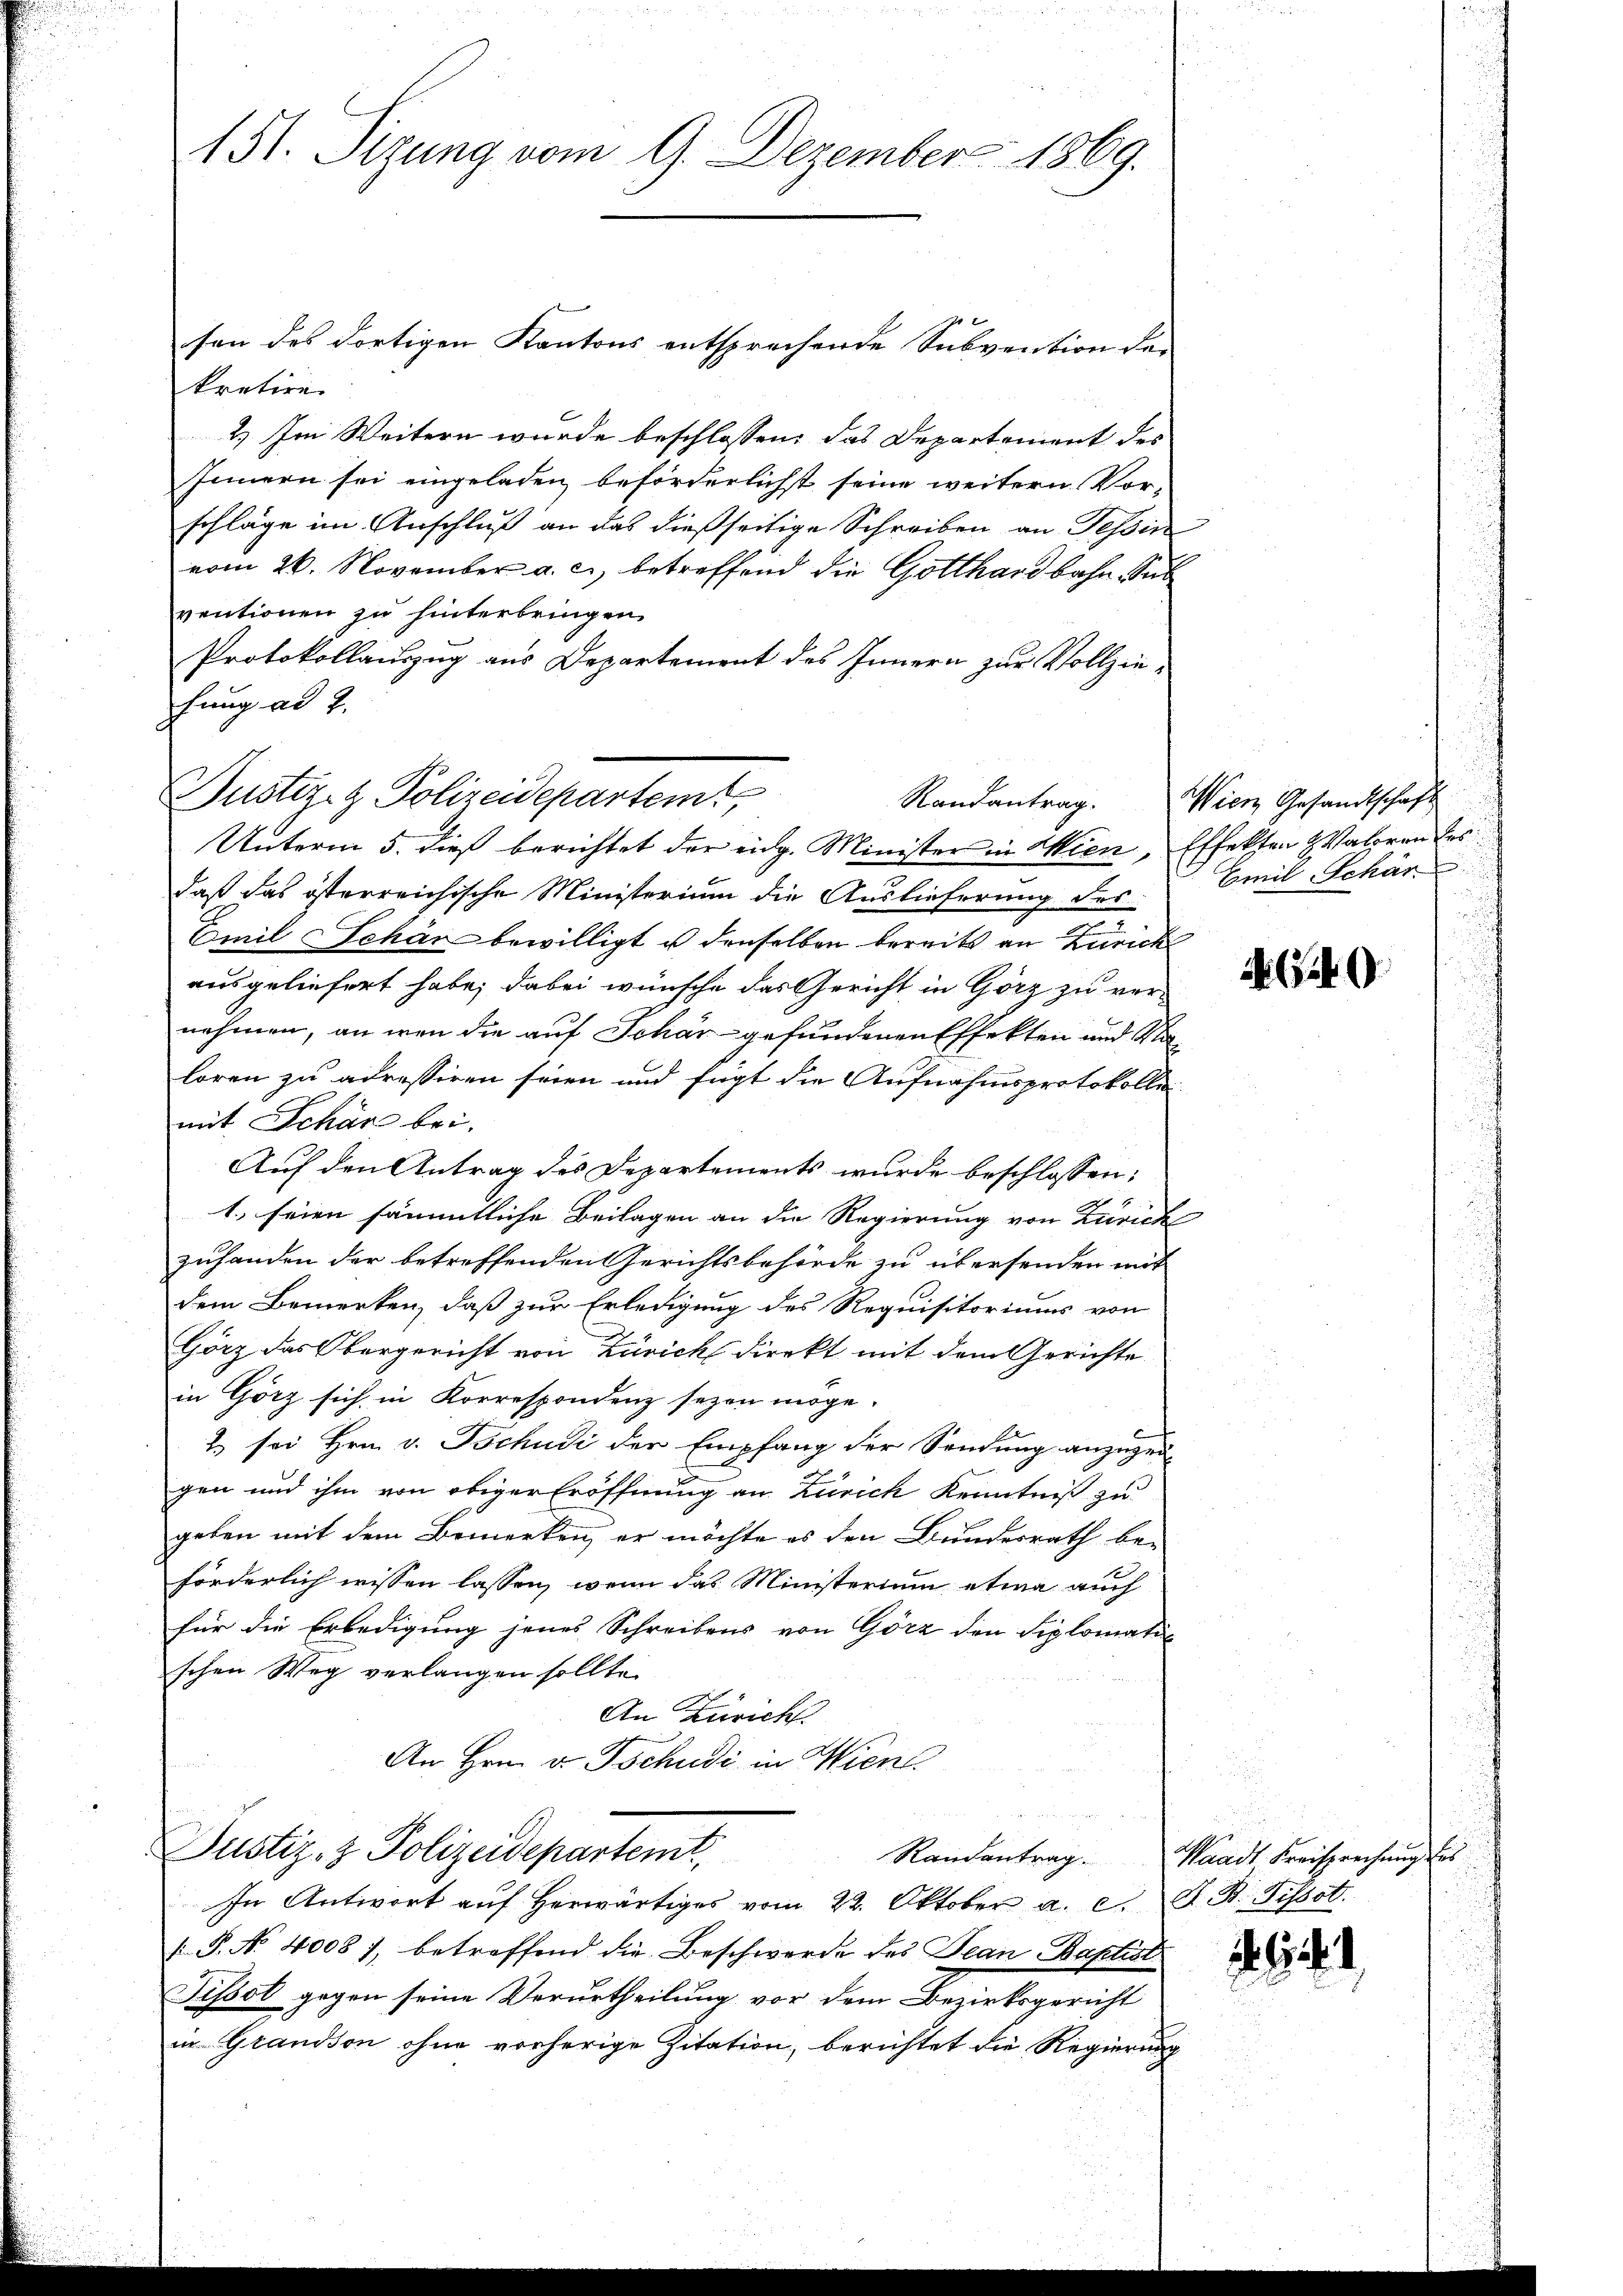
151. Sizung vom 9. Dezember 1869.

kretire.
2.) Im Weitern wurde beschlossen, das Departement des
Innern sei eingeladen, beförderlichst seine weitern Vorschläge im Anschluß an das dießseitige Schreiben an Tessin
vom 26. November a. c., betreffend die Gotthardbahn Sub
ventionen zu hinterbringen
Protokollauszug aus Departement des Innern zur Vollzie-
hung ad 2.
Unterm 5. dieß berichtet der eidg. Minister in Wien, Effekten Valoren des
daß das österreichische Ministerium die Auslieferung des
Emil Schär bewilligt u denselben bereits an Zürich
ausgeliefert habe; dabei wünsche das Gericht in Görz zu vernehmen, an wenn die auf Schär gefundenen Effekten und Maloren zu adressiren seien und fügt die Aufnahmsprotokolle
mit Schär bei.
Auf den Antrag des Departements wurde beschlossen:
1. seien sämmtliche Beilagen an die Regierung von Zürich
zuhanden der betreffenden Gerichtsbehörde zu übersenden mit
dem Bemerken, daß zur Erledigung des Requisitoriums von
Görz das Obergericht von Zürich Direkt mit dem Gerichte
in Görz sich in Korrespondenz sezen möge.
2 sei Hrn. v. Tschudi der Empfang der Sendung anzuzei-
gen und ihm von obiger Eröffnung an Zürich Kenntniß zu
geben mit dem Bemerken, er möchte es den Bundesrath be-
förderlich wissen lassen, wenn das Ministerium etwa auch
für die Erledigung jenes Schreibens von Görz den Siplomatischen Weg verlangen sollte.
An Zürich
An Hrn. v. Tschudi in Wien
Justiz- & Polizeidepartemt,
In Antwort auf herwärtiges vom 22. Oktober a. c. J. B. Pissot.
[P. No 4008 7, betreffend die Beschwerde des Tean Baptist
Tissot gegen seine Verurtheilung vor dem Bezirksgericht
in Grandson ohne vorherige Zitation, berichtet die Regierung

Bustiz- & Polizeidepartemt,

son des dortigen Kantons entsprechende Subvention der

Randantrag. Wien Gesandtschaft
Emil Schär

649.

Randantrag. Waadt, Freisprechung des